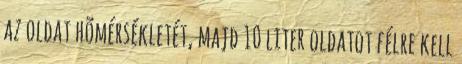
az oldat hõmérsékletét, majd 10 liter oldatot félre kell